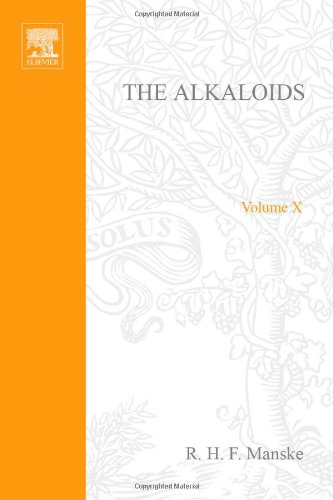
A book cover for The Alkaloids: Chemistry and Physiology  V10, Volume 10; Science & Math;